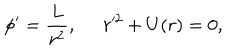
\phi ^ { \prime } = \frac { L } { r ^ { 2 } } , \; \; r ^ { 2 } + U ( r ) = 0 ,